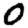
Digit: 0